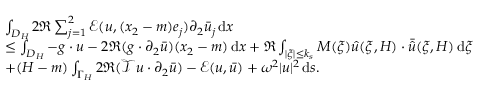
\begin{array} { r l } & { \int _ { D _ { H } } 2 \Re \sum _ { j = 1 } ^ { 2 } \mathcal { E } ( u , ( x _ { 2 } - m ) e _ { j } ) \partial _ { 2 } \bar { u } _ { j } \, \mathrm { d } x } \\ & { \le \int _ { D _ { H } } - g \cdot u - 2 \Re ( g \cdot \partial _ { 2 } \bar { u } ) ( x _ { 2 } - m ) \, \mathrm { d } x + \Re \int _ { | \xi | \le k _ { s } } M ( \xi ) \hat { u } ( \xi , H ) \cdot \bar { \hat { u } } ( \xi , H ) \, \mathrm { d } \xi } \\ & { + ( H - m ) \int _ { \Gamma _ { H } } 2 \Re ( \mathcal { T } u \cdot \partial _ { 2 } \bar { u } ) - \mathcal { E } ( u , \bar { u } ) + \omega ^ { 2 } | u | ^ { 2 } \, \mathrm { d } s . } \end{array}